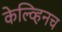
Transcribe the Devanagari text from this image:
केल्व्हिनच